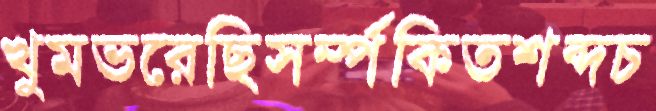
খুমভরেছিসর্ম্পকিতশব্দচ